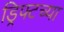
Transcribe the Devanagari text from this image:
ड्रिफ्टच्या